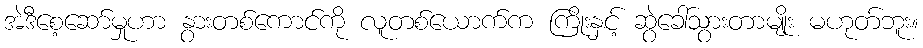
အဲဒီစေ့ဆော်မှုဟာ နွားတစ်ကောင်ကို လူတစ်ယောက်က ကြိုးနှင့် ဆွဲခေါ်သွားတာမျိုး မဟုတ်ဘူး။